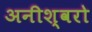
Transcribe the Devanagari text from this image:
अनीश्वरो